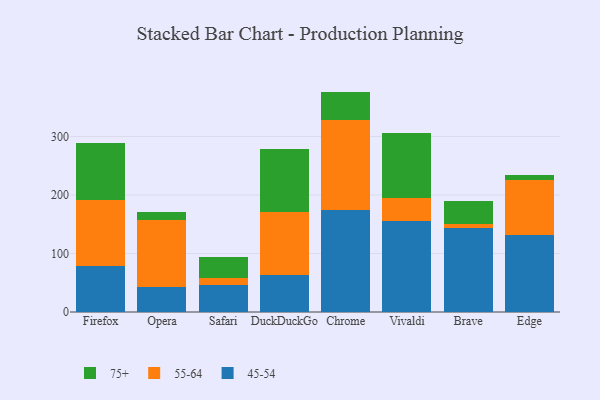
{"axis": {"x": "Browser", "y": "Conversion Rate (%)"}, "legend": ["45-54", "55-64", "75+"], "data": [{"x": "Firefox", "y": 79.5, "type": "45-54"}, {"x": "Firefox", "y": 111.9, "type": "55-64"}, {"x": "Firefox", "y": 97.8, "type": "75+"}, {"x": "Opera", "y": 42.7, "type": "45-54"}, {"x": "Opera", "y": 114.2, "type": "55-64"}, {"x": "Opera", "y": 14.1, "type": "75+"}, {"x": "Safari", "y": 46.2, "type": "45-54"}, {"x": "Safari", "y": 12.0, "type": "55-64"}, {"x": "Safari", "y": 36.4, "type": "75+"}, {"x": "DuckDuckGo", "y": 63.6, "type": "45-54"}, {"x": "DuckDuckGo", "y": 107.3, "type": "55-64"}, {"x": "DuckDuckGo", "y": 108.3, "type": "75+"}, {"x": "Chrome", "y": 175.1, "type": "45-54"}, {"x": "Chrome", "y": 152.6, "type": "55-64"}, {"x": "Chrome", "y": 49.1, "type": "75+"}, {"x": "Vivaldi", "y": 156.0, "type": "45-54"}, {"x": "Vivaldi", "y": 38.5, "type": "55-64"}, {"x": "Vivaldi", "y": 110.7, "type": "75+"}, {"x": "Brave", "y": 143.1, "type": "45-54"}, {"x": "Brave", "y": 7.7, "type": "55-64"}, {"x": "Brave", "y": 39.5, "type": "75+"}, {"x": "Edge", "y": 132.4, "type": "45-54"}, {"x": "Edge", "y": 93.5, "type": "55-64"}, {"x": "Edge", "y": 8.4, "type": "75+"}]}